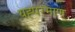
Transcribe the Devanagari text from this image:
यह्परमाणु